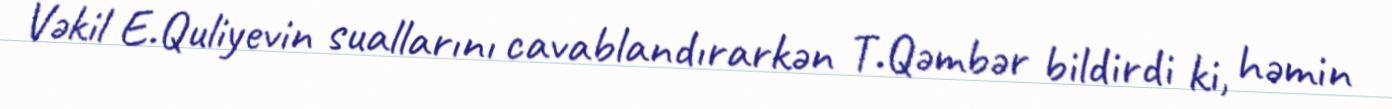
Vəkil E.Quliyevin suallarını cavablandırarkən T.Qəmbər bildirdi ki, həmin